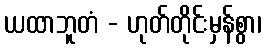
ယထာဘူတံ - ဟုတ်တိုင်းမှန်စွာ၊